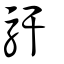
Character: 馯